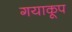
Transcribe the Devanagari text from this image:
गयाकूप